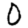
Digit: 0